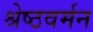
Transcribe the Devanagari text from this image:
श्रेष्ठवर्मन